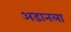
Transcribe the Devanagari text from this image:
अडानला